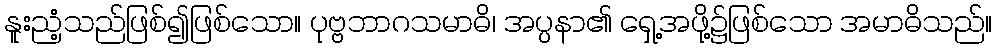
နူးညံ့သည်ဖြစ်၍ဖြစ်သော။ ပုဗ္ဗဘာဂသမာဓိ၊ အပ္ပနာ၏ ရှေ့အဖို့၌ဖြစ်သော အမာဓိသည်။